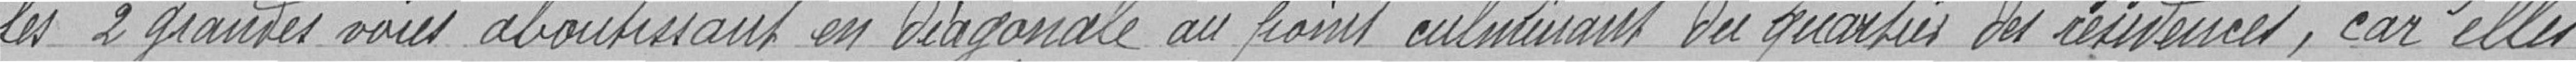
les 2 grandes voies aboutissant en diagonale au point culminant du quartier des résidences, car elle